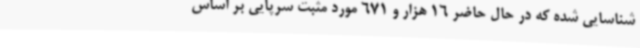
شناسایی شده که در حال حاضر 16 هزار و 671 مورد مثبت سرپایی بر اساس